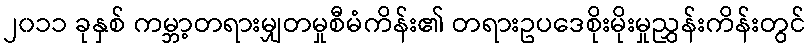
၂၀၁၁ ခုနှစ် ကမ္ဘာ့တရားမျှတမှုစီမံကိန်း၏ တရားဥပဒေစိုးမိုးမှုညွှန်းကိန်းတွင်